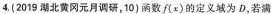
4.(2019湖北黄冈元月调研，10)函数f(x)的定义域为D，若满